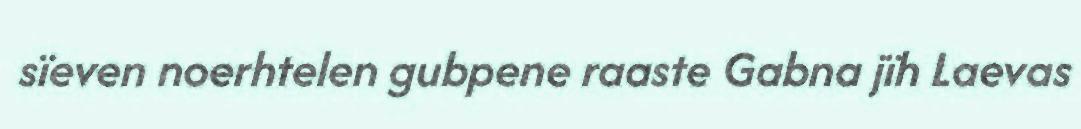
sïeven noerhtelen gubpene raaste Gabna jïh Laevas